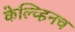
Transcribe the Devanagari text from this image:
केल्व्हिनच